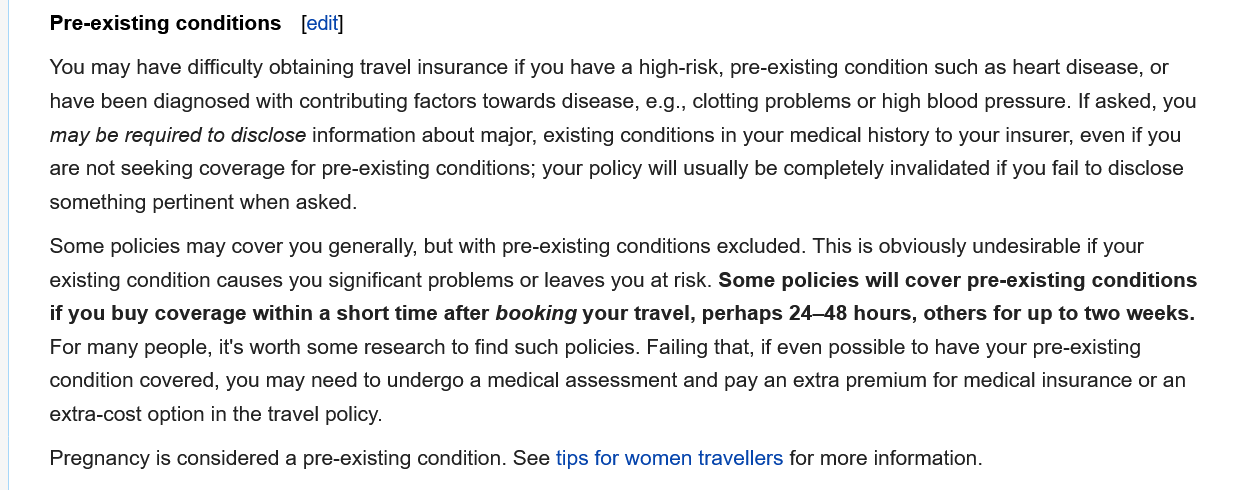
Pregnancy is considered a pre-existing condition. See tips for women travellers for more information.
     Pre-existing conditions  [edit]
     Some policies may cover you generally, but with pre-existing conditions excluded. This is obviously undesirable if your
     existing condition causes you significant problems or leaves you at risk. Some policies will cover pre-existing conditions
     if you buy coverage within a short time after booking your travel, perhaps 24—48 hours, others for up to two weeks.
     For many people, it's worth some research to find such policies. Failing that, if even possible to have your pre-existing
     condition covered, you may need to undergo a medical assessment and pay an extra premium for medical insurance or an
     extra-cost option in the travel policy.
     You may have difficulty obtaining travel insurance if you have a high-risk, pre-existing condition such as heart disease, or
     have been diagnosed with contributing factors towards disease, e.g., clotting problems or high blood pressure. If asked, you
     may be required to disclose information about major, existing conditions in your medical history to your insurer, even if you
     are not seeking coverage for pre-existing conditions; your policy will usually be completely invalidated if you fail to disclose
     something pertinent when asked.